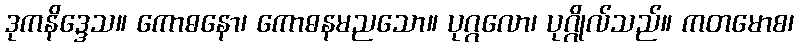
ဒုကနိဒ္ဒေသ။ ကောဓနော၊ ကောဓနမညသော။ ပုဂ္ဂလော၊ ပုဂ္ဂိုလ်သည်။ ကတမောစ၊